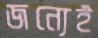
জন্যেই